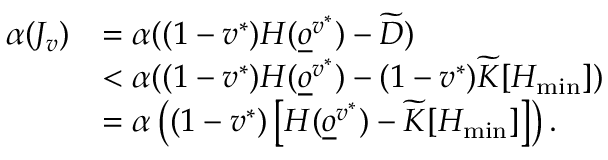
\begin{array} { r l } { \alpha ( J _ { v } ) } & { = \alpha ( ( 1 - v ^ { * } ) H ( \underline { o } ^ { v ^ { * } } ) - \widetilde D ) } \\ & { < \alpha ( ( 1 - v ^ { * } ) H ( \underline { o } ^ { v ^ { * } } ) - ( 1 - v ^ { * } ) \widetilde K [ H _ { \operatorname* { m i n } } ] ) } \\ & { = \alpha \left( ( 1 - v ^ { * } ) \left[ H ( \underline { o } ^ { v ^ { * } } ) - \widetilde K [ H _ { \operatorname* { m i n } } ] \right] \right) . } \end{array}